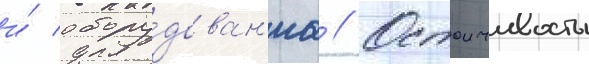
и́ обору́дован'иа // Остоичивость